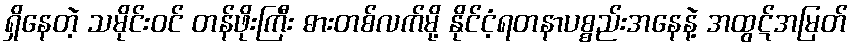
ရှိနေတဲ့ သမိုင်းဝင် တန်ဖိုးကြီး ဓားတစ်လက်မို့ နိုင်ငံ့ရတနာပစ္စည်းအနေနဲ့ အထွဋ်အမြတ်